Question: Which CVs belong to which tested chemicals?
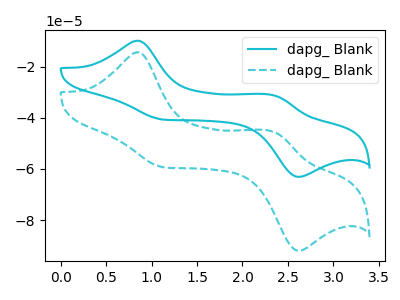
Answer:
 <answer>The cyan curve is labeled "dapg_ Blank1". The cyan dashed curve is labeled "dapg_ Blank2".</answer>
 <eval></eval>